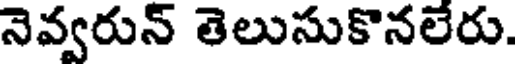
నెవ్వరున్ తెలుసుకొనలేరు.